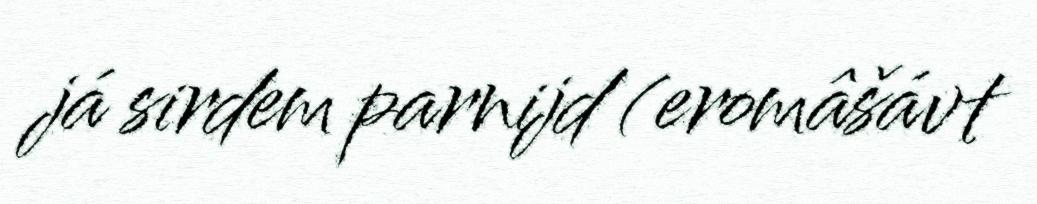
já sirdem parnijd (eromâšávt